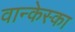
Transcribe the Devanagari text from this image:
वान्केस्का